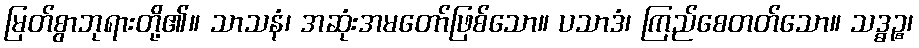
မြတ်စွာဘုရားတို့၏။ သာသနံ၊ အဆုံးအမတော်ဖြစ်သော။ ပသာဒံ၊ ကြည်စေတတ်သော။ သဒ္ဓဉ္စ၊